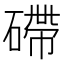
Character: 𥕧